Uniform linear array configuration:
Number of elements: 8
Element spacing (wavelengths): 1
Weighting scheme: hamming
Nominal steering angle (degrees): -15
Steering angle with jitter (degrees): -15.033
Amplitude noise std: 0.05
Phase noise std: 0.05

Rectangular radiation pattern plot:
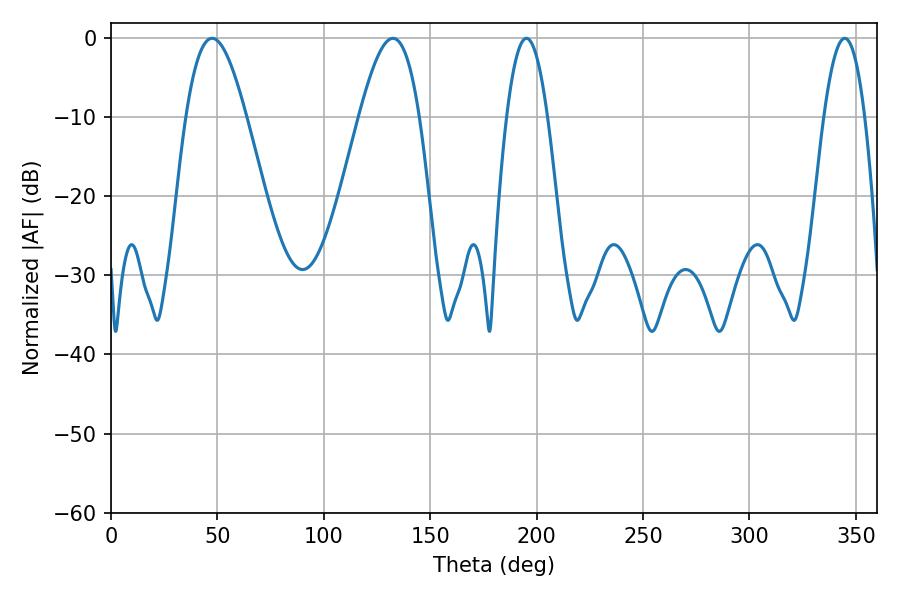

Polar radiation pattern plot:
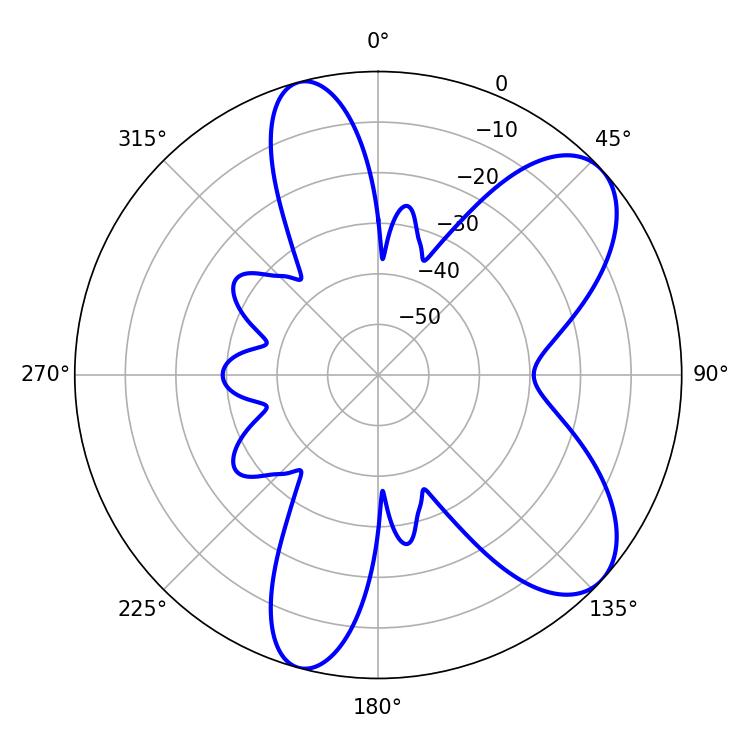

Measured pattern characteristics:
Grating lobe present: TRUE
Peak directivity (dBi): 7.834
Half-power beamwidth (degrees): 15.3
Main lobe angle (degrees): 47.52